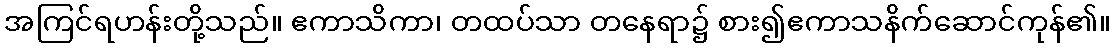
အကြင်ရဟန်းတို့သည်။ ဧကာသိကာ၊ တထပ်သာ တနေရာ၌ စား၍ဧကာသနိက်ဆောင်ကုန်၏။